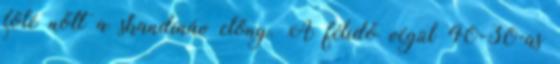
fölé nőtt a skandináv előny. A félidő végül 40-30-as